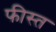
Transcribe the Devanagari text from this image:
फीस्त